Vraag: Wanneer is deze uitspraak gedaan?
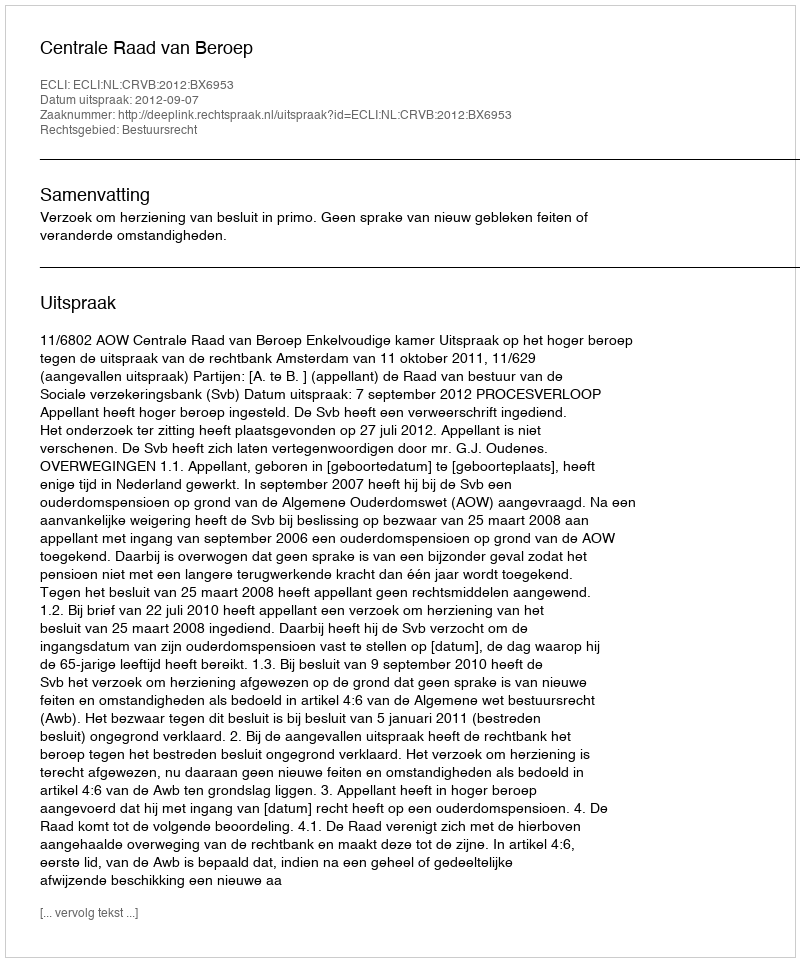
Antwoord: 2012-09-07